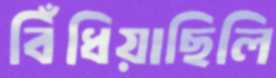
বিঁধিয়াছিলি